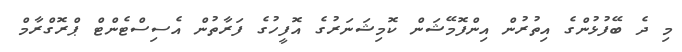
މި ދެ ބޭފުޅުންގެ އިތުރުން އިންފޮމޭޝަން ކޮމިޝަނަރުގެ އޮފީހުގެ ފަރާތުން އެސިސްޓެންޓް ޕްރޮގްރާމް